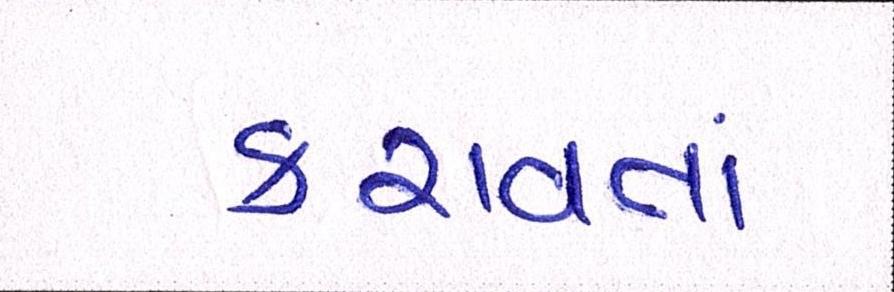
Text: કરાવતાં